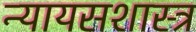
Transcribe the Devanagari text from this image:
न्यायसशास्त्र